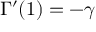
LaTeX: \Gamma ^ { \prime } ( 1 ) = - \gamma